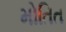
મોતિત